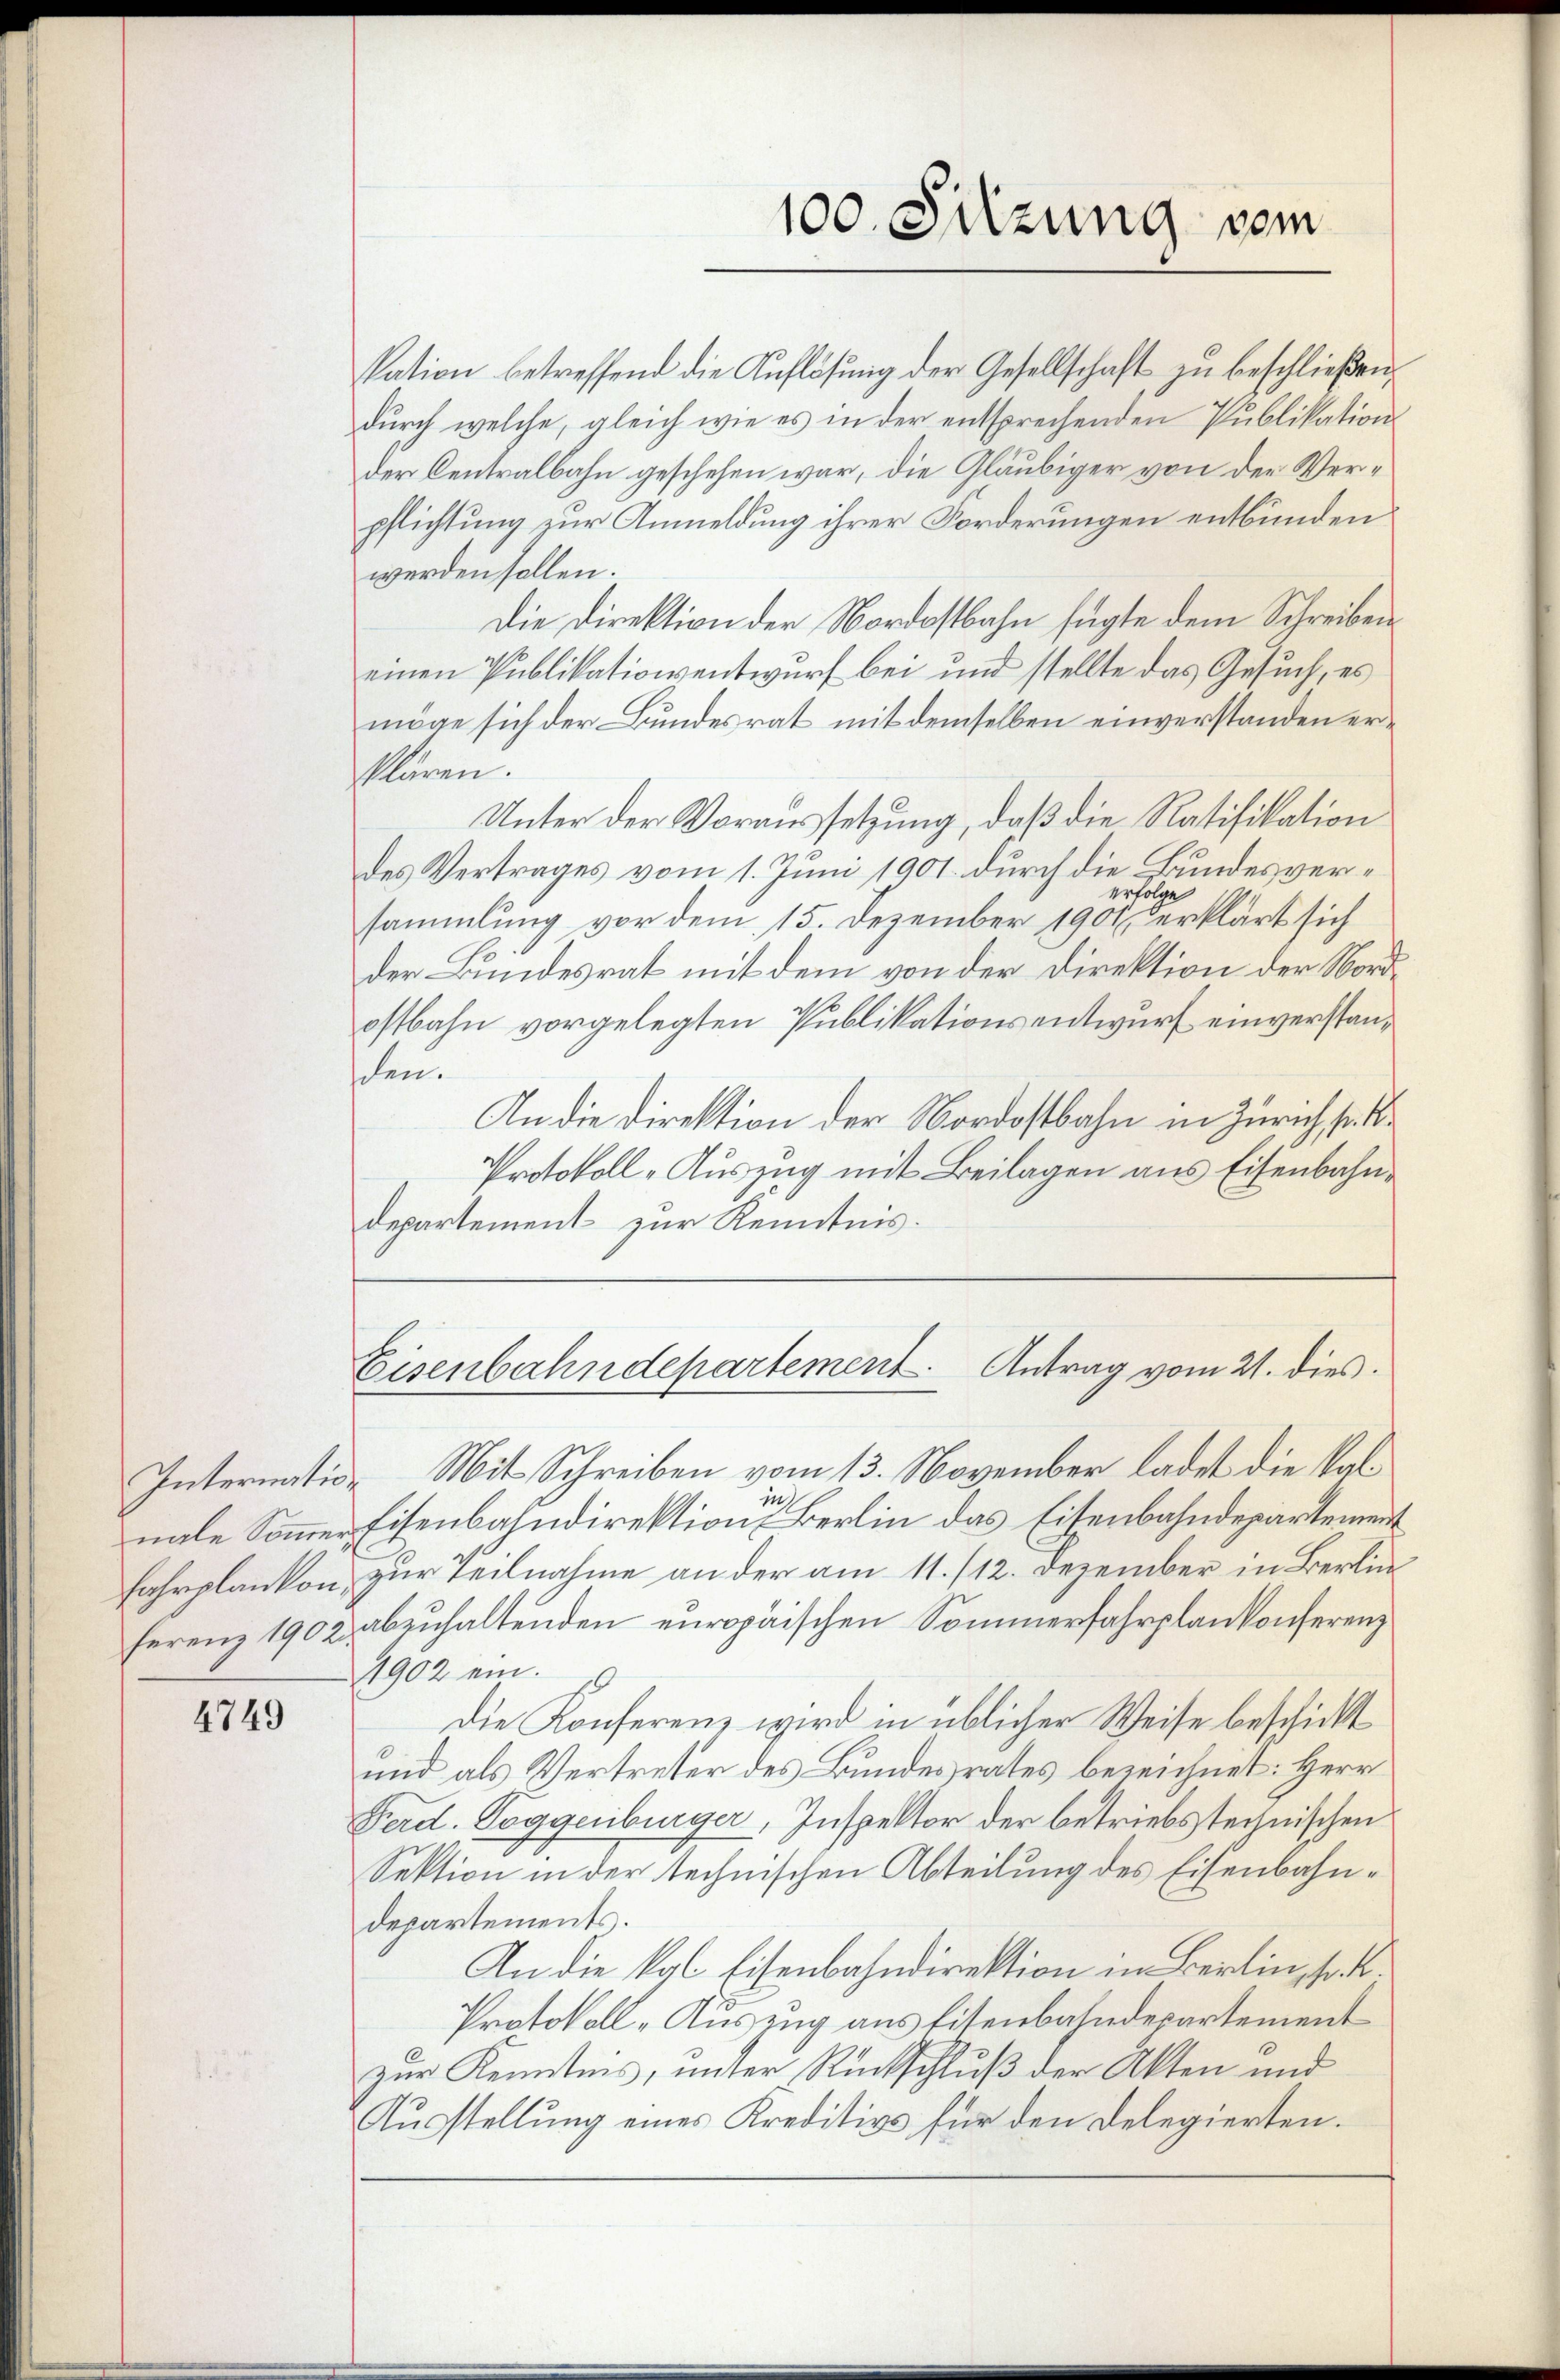
4749

kation betreffend die Auflösung der Gesellschaft zu beschließen,
durch welche, gleich wie es in der entsprechenden Publikation
der Centralbahn geschehen war, die Gläubiger von der Verpflichtung zur Anmeldung ihrer Forderungen entbunden
werden sollen.
Die Direktion der Nordostbahn fügte dem Schreiben
einen Publikationsentwurf bei und stellte das Gesuch, es
möge sich der Bundesrat mit demselben einverstanden erklären.
Unter der Voraussetzung, daß die Ratifikation
des Vertrages vom 1. Juni 1901 durch die Bundesvererfolge
sammlung vor dem 15. Dezember 1901 erklärt sich
der Bundesrat mit dem von der Direktion der Nordostbahn vorgelegten Publikationsentwurf einverstanschen.
An die Direktion der Nordostbahn in Zürich p.
Protokoll-Auszug mit Beilagen aus Eisenbahn¬
Departement zur Kenntnis.

Internation Mit Schreiben vom 13. November ladet die kal
nale Sommer Eisenbahndirektion der Berlin das Eisenbahndepartement
Fahrplankon zur Teilnahme an der am 11. /12. Dezember in Berlin
ferenz 1902 abzuhaltenden europaischen Sommerfahrplankonferenz
4902 ein.
Die Konferenz wird in üblicher Weise beschickt
und als Vertreter des Bundesrates bezeichnet: Herr
Ferd. Toggenbürger, Inspektor der betriebstechnischen
Sektion in der technischen Abteilung des Eisenbahndepartements.
An die kal Eisenbahndirektion im Berlin, so k
Protokoll -Auszug aus Eisenbahndepartement
zur Kenntnis, unter Rückschluß der Akten und
Ausstellung eines Kreditive für den Delegierten.

100. Sitzung vom

Eisenbahndepartement. Antrag vom 21. dies